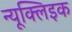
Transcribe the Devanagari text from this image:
न्यूक्लिइक